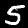
Digit: 5